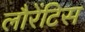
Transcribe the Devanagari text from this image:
लौरेंटिस